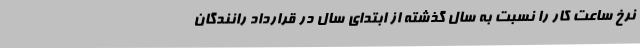
نرخ ساعت کار را نسبت به سال‌ گذشته از ابتدای سال در قرارداد رانندگان